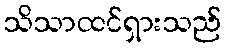
သိသာထင်ရှားသည်